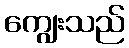
ကျွေးသည်